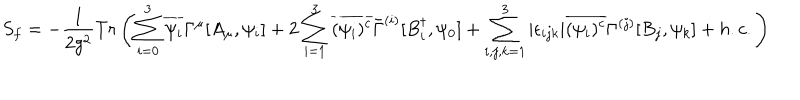
S _ { f } = - \frac { 1 } { 2 g ^ { 2 } } T r \left( \sum _ { i = 0 } ^ { 3 } \overline { { { \psi _ { i } } } } \Gamma ^ { \mu } [ A _ { \mu } , \psi _ { i } ] + 2 \sum _ { i = 1 } ^ { 3 } \overline { { { ( \psi _ { i } ) ^ { c } } } } \bar { \Gamma } ^ { ( i ) } [ B _ { i } ^ { \dagger } , \psi _ { 0 } ] + \sum _ { i , j , k = 1 } ^ { 3 } | \epsilon _ { i j k } | \overline { { { ( \psi _ { i } ) ^ { c } } } } \Gamma ^ { ( j ) } [ B _ { j } , \psi _ { k } ] + h . c . \right)